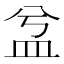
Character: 㿽